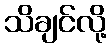
သိချင်လို့